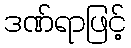
ဒဏ်ရာဖြင့်